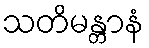
သတိမန္တာနံ